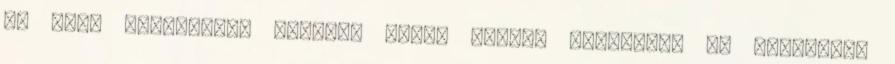
ez után értetlenül hümmög. Végül feláll mellőlem, és Sarah-hoz